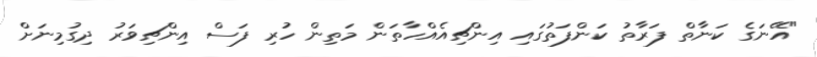
"އޭނަގެ ކަނާތް ފަރާތު ކަންފަތުގައި އިންޗިއެއްހާތަން މަތިން ހުރި ފަސް އިންޗިވަރު ދިގުމިނަށް